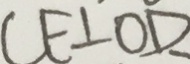
C E \bot O D 、